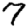
Digit: 7